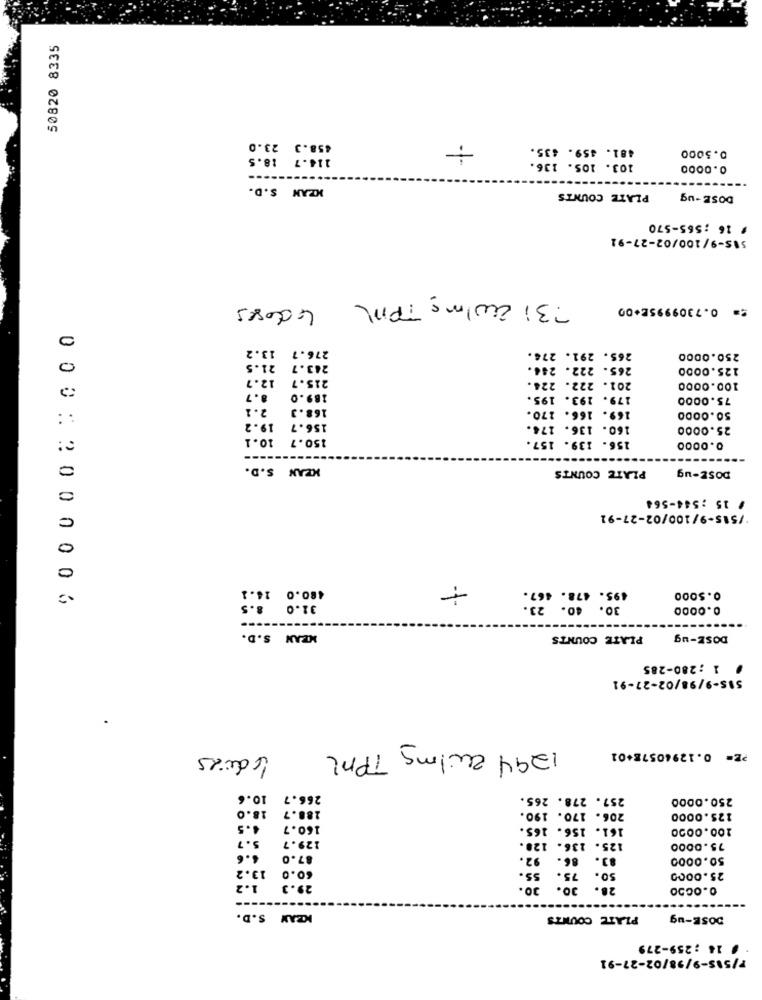
50820 8335
458.3 23.0
481. 459. 835.
0.5000
114.7 18.5
103. 105. 136.
0.0000
MZAN S.D.
PLATE COUNTS
DOSE -ug
# 16 ;565-570
SAS-9/100/02-27-92
731 Ew/m= TPML
4 doses
: 0.7309995E+00
276.7 13.2
265. 291. 274.
250.0000
0
21.5
243.7
265. 222. 244.
125.0000
12.7
215.7
201. 222. 224.
100.0000
8.7
189.0
179. 193. 195.
75.0000
2.1
168.3
169. 166. 170.
50.0000
19.2
156.7
160. 136. 174.
25.0000
10.1
150.7
156. 139. 157.
---
0.0000
0
MEAN S.D.
PLATE COUNTS
DOSE-ug
/ 15 ;544-564
C
*/515-9/100/02-27-91
0
0
480.0 14.3
495. 478. 467.
.. 5
0.5000
00012000000
31.0
30. 40. 23.
0.0000
MEAN S.D.
PLATE COUNTS
DOSE-ug
· 1 ;280-285
515-9/98/02-27-91
1294 Zwilmg TPM
4 dias
PE= 0.1294057E+01
10.6
266.7
257. 278. 265.
250.0000
18.0
188.7
206. 170. 190.
125.0000
4.5
160.7
161. 156. 165.
100.0000
5.7
129.7
125. 136. 12 ..
75.0000
4.6
87.0
92.
86.
83.
50.0000
13.2
60.0
ss.
75.
so.
25.0000
1.2
29.3
30.
30.
28.
0.0050
---
KZAM S.D.
PLATE COUNTS
DOSE-ug
/ 14 : 259-279
P/S\S-9/98/02-27-91